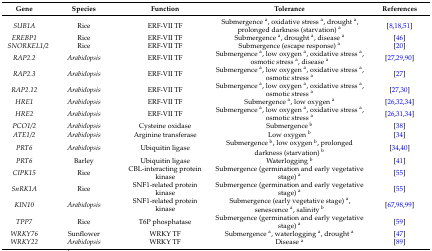
| Gene | Species | Function | Tolerance | References |
 | --- | --- | --- | --- | --- |
 | SUB1A | Rice | ERF-VII TF | Submergence a, oxidative stress a, drought a, prolonged darkness (starvation) a | [8,18,51] |
 | EREBP1 | Rice | ERF-VII TF | Submergence a, drought a, disease a | [46] |
 | SNORKEL1/2 | Rice | ERF-VII TF | Submergence (escape response) a | [20] |
 | RAP2.2 | Arabidopsis | ERF-VII TF | Submergence a, low oxygen a, oxidative stress a, osmotic stress a, disease a | [27,29,90] |
 | RAP2.3 | Arabidopsis | ERF-VII TF | Submergence a, low oxygen a, oxidative stress a, osmotic stress a | [27] |
 | RAP2.12 | Arabidopsis | ERF-VII TF | Submergence a, low oxygen a, oxidative stress a, osmotic stress a | [27,30] |
 | HRE1 | Arabidopsis | ERF-VII TF | Submergence a, low oxygen a | [26,32,34] |
 | HRE2 | Arabidopsis | ERF-VII TF | Submergence a, low oxygen a, oxidative stress a, osmotic stress a | [26,31,34] |
 | PCO1/2 | Arabidopsis | Cysteine oxidase | Submergence b | [38] |
 | ATE1/2 | Arabidopsis | Arginine transferase | Low oxygen b | [34] |
 | PRT6 | Arabidopsis | Ubiquitin ligase | Submergence b, low oxygen b, prolonged darkness (starvation) b | [34,40] |
 | PRT6 | Barley | Ubiquitin ligase | Waterlogging b | [41] |
 | CIPK15 | Rice | CBL-interacting protein kinase | Submergence (germination and early vegetative stage) a | [55] |
 | SnRK1A | Rice | SNF1-related protein kinase | Submergence (germination and early vegetative stage) a | [55] |
 | KIN10 | Arabidopsis | SNF1-related protein kinase | Submergence (early vegetative stage) a, senescence a, salinity b | [67,98,99] |
 | TPP7 | Rice | T6P phosphatase | Submergence (germination and early vegetative stage) a | [59] |
 | WRKY76 | Sunflower | WRKY TF | Submergence a, waterlogging a, drought a | [47] |
 | WRKY22 | Arabidopsis | WRKY TF | Disease a | [89] |